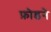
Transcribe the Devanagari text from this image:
फ़ोडने